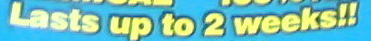
Lasts up to 2 weeks!!